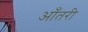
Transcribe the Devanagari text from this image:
आँतरी